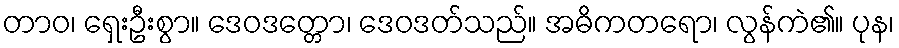
တာဝ၊ ရှေးဦးစွာ။ ဒေဝဒတ္တော၊ ဒေဝဒတ်သည်။ အဓိကတရော၊ လွန်ကဲ၏။ ပုန၊